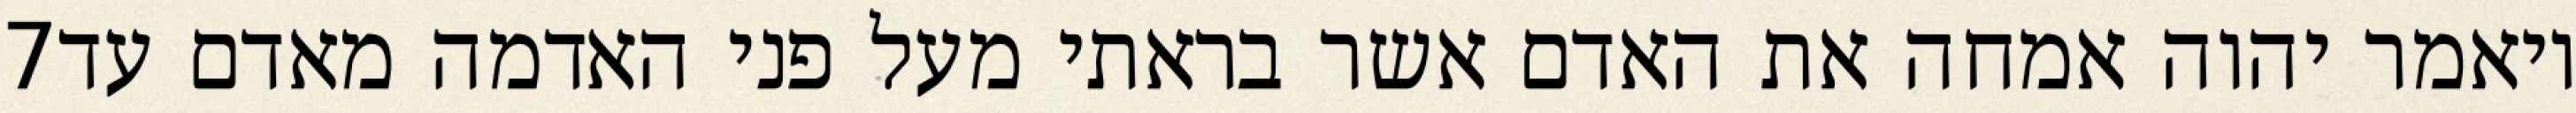
‎7‏ ויאמר יהוה אמחה את האדם אשר בראתי מעל פני האדמה מאדם עד